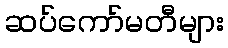
ဆပ်ကော်မတီများ